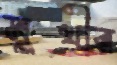
মুখীর